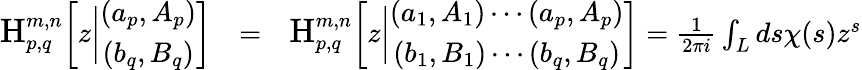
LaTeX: \begin{array}{rlr}{\mathrm{\large{H}}_{p,q}^{m,n}\bigg[z\bigg|\begin{array}{c}{\left(a_{p},A_{p}\right)}\\ {\left(b_{q},B_{q}\right)}\end{array}\bigg]}&{=}&{\mathrm{\large{H}}_{p,q}^{m,n}\bigg[z\bigg|\begin{array}{c}{\left(a_{1},A_{1}\right)\cdots\left(a_{p},A_{p}\right)}\\ {\left(b_{1},B_{1}\right)\cdots\left(b_{q},B_{q}\right)}\end{array}\bigg]=\frac{1}{2\pi i}\int_{L}ds\chi(s)z^{s}}\end{array}